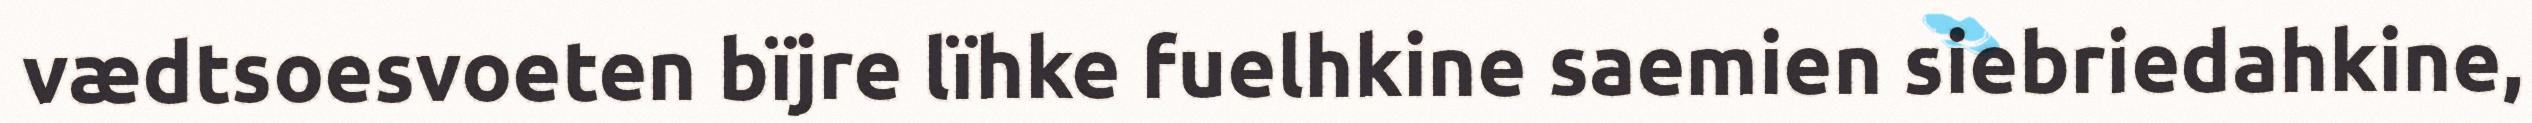
vædtsoesvoeten bïjre lïhke fuelhkine saemien siebriedahkine,